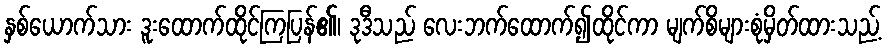
နှစ်ယောက်သား ဒူးထောက်ထိုင်ကြပြန်၏၊ ဒုဒီသည် လေးဘက်ထောက်၍ထိုင်ကာ မျက်စိများစုံမှိတ်ထားသည့်